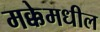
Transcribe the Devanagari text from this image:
मक्केमधील